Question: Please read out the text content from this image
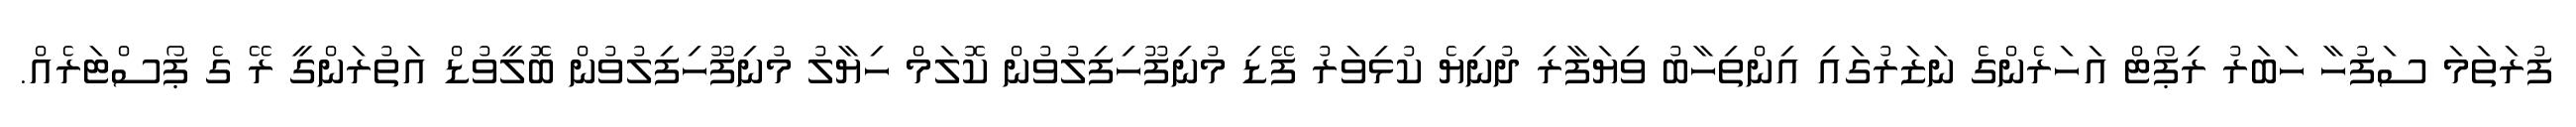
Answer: ފުރަތަމަ ސަފުހާ ހަބަރު ރިޕޯޓް އަހަރެންގެ ނަޒަރުގައި އިންތިހާބު ވިޔަފާރި ދުނިޔެ ކުޅިވަރު ފޭޑި މުނިފޫހިފިލުވުން ކޮލަމް ހިޔާލު މުނިފޫހިފިލުވުން ބޮލީވުޑް އަތުރަންގީ ރޭ ގެ ޕޯސްޓަރެއް.